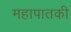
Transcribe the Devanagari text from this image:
महापातकी